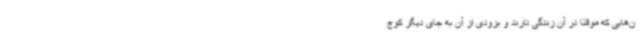
ن‌هایی که موقتاً در آن زندگی دارند و بزودی از آن به جای دیگر کوچ